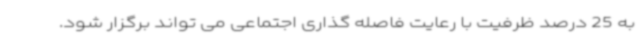
به 25 درصد ظرفیت با رعایت فاصله گذاری اجتماعی می تواند برگزار شود.